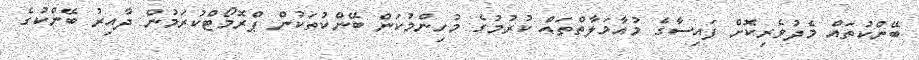
ބޭންކުތައް މެދުވެރިކޮށް ފައިސާގެ މުއާމަލާތްތައް ކުރުމުގެ މުހިންމުކަން ބޭންކުތަކުން ޕްރޮމޯޓްކުރަމުން ދާއިރު ބޭންކުގެ